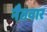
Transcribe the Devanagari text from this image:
नैतवार